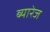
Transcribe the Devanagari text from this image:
ब्यारेज